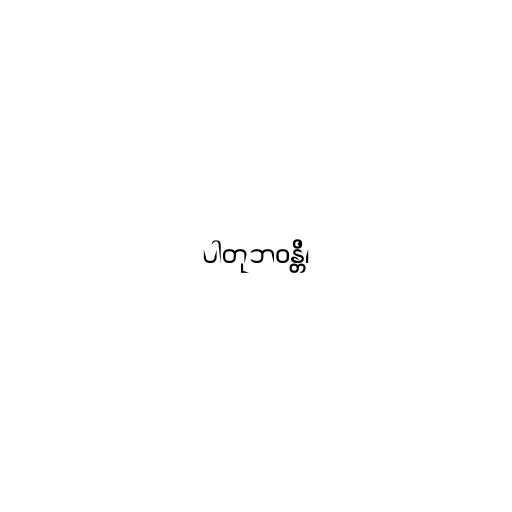
ပါတုဘဝန္တိ၊